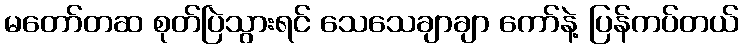
မတော်တဆ စုတ်ပြဲသွားရင် သေသေချာချာ ကော်နဲ့ ပြန်ကပ်တယ်